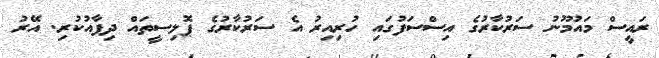
ރައީސް މައުމޫނު ސަރުކާރުގެ އިސްސަފުގައި ހުރިއިރު އެ ސަރުކާރުގެ ޕޮލިސީތައް ދިފާއުކުރި. އޭރު